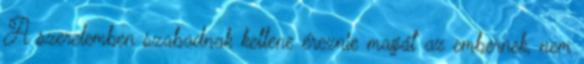
A szerelemben szabadnak kellene éreznie magát az embernek, nem